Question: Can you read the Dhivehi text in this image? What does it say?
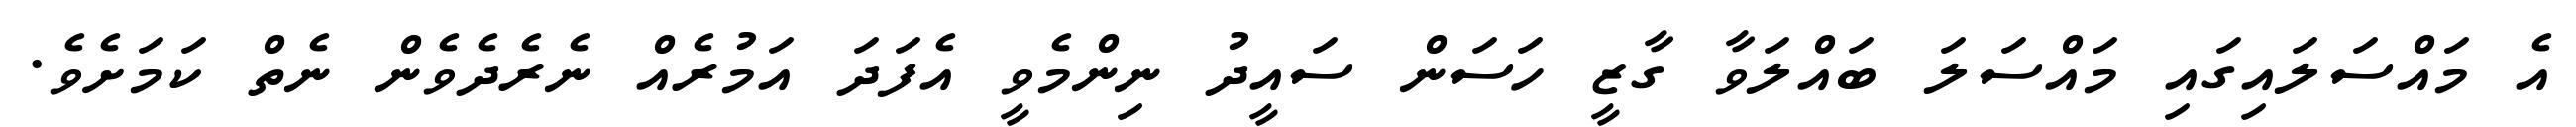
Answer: އެ މައްސަލައިގައި މައްސަލަ ބައްލަވާ ގާޒީ ހަސަން ސައީދު ނިންމެވީ އެފަދަ އަމުރެއް ނެރެދެވެން ނެތް ކަމަށެވެ.